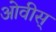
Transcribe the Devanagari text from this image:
ओवीस्